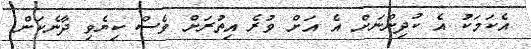
އެކަމަކު އެ ކުދިންނަށް އެ އަށް ވުރެ އިތުރަށް ވެސް ކިޔެވި ދާނެކަން